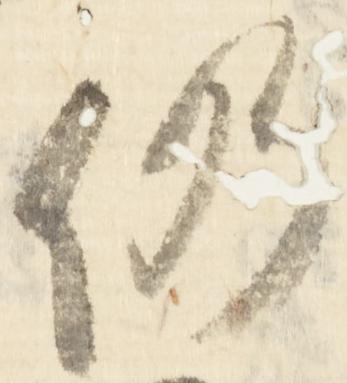
仍